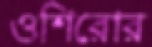
ওশিরোর